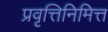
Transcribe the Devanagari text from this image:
प्रवृत्तिनिमित्त